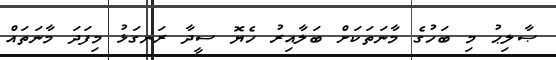
ޞާލިޙު މި ބަހުގެ މާނަތަކަށް ބަލާއިރު ހެޔޮ ސީދާ ރަނގަޅު މިފަދަ މާނަތައް